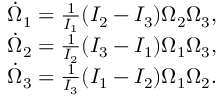
\begin{array} { r } { \dot { \Omega } _ { 1 } = \frac { 1 } { I _ { 1 } } ( I _ { 2 } - I _ { 3 } ) \Omega _ { 2 } \Omega _ { 3 } , } \\ { \dot { \Omega } _ { 2 } = \frac { 1 } { I _ { 2 } } ( I _ { 3 } - I _ { 1 } ) \Omega _ { 1 } \Omega _ { 3 } , } \\ { \dot { \Omega } _ { 3 } = \frac { 1 } { I _ { 3 } } ( I _ { 1 } - I _ { 2 } ) \Omega _ { 1 } \Omega _ { 2 } . } \end{array}